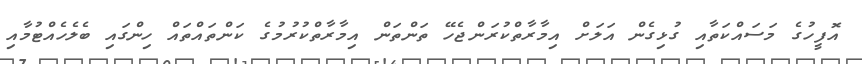
އޮފީހުގެ މަސައްކަތާއި ގުޅިގެން އަލަށް އިމާރާތްކުރަންޖެހޭ ތަންތަން އިމާރާތްކުރުމުގެ ކަންތައްތައް ހިންގައި ބެލެހެއްޓުމާއި